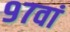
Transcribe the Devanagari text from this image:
९७वां